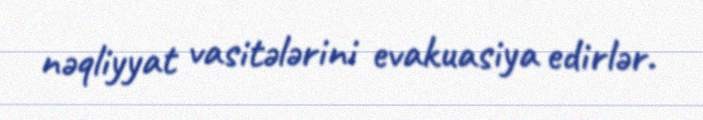
nəqliyyat vasitələrini evakuasiya edirlər.